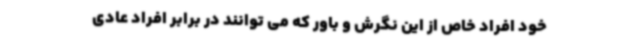
خود افراد خاص از این نگرش و باور که می توانند در برابر افراد عادی